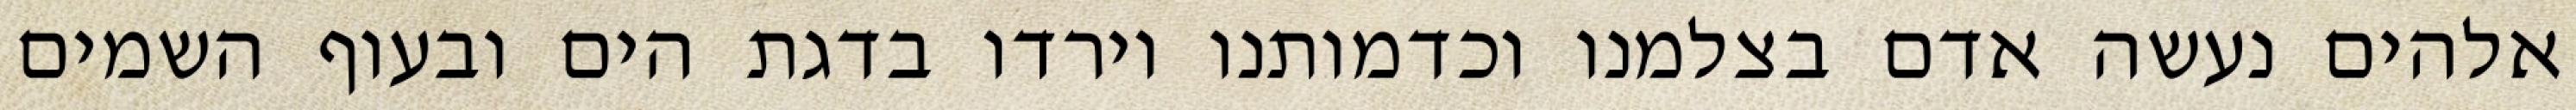
אלהים נעשה אדם בצלמנו וכדמותנו וירדו בדגת הים ובעוף השמים